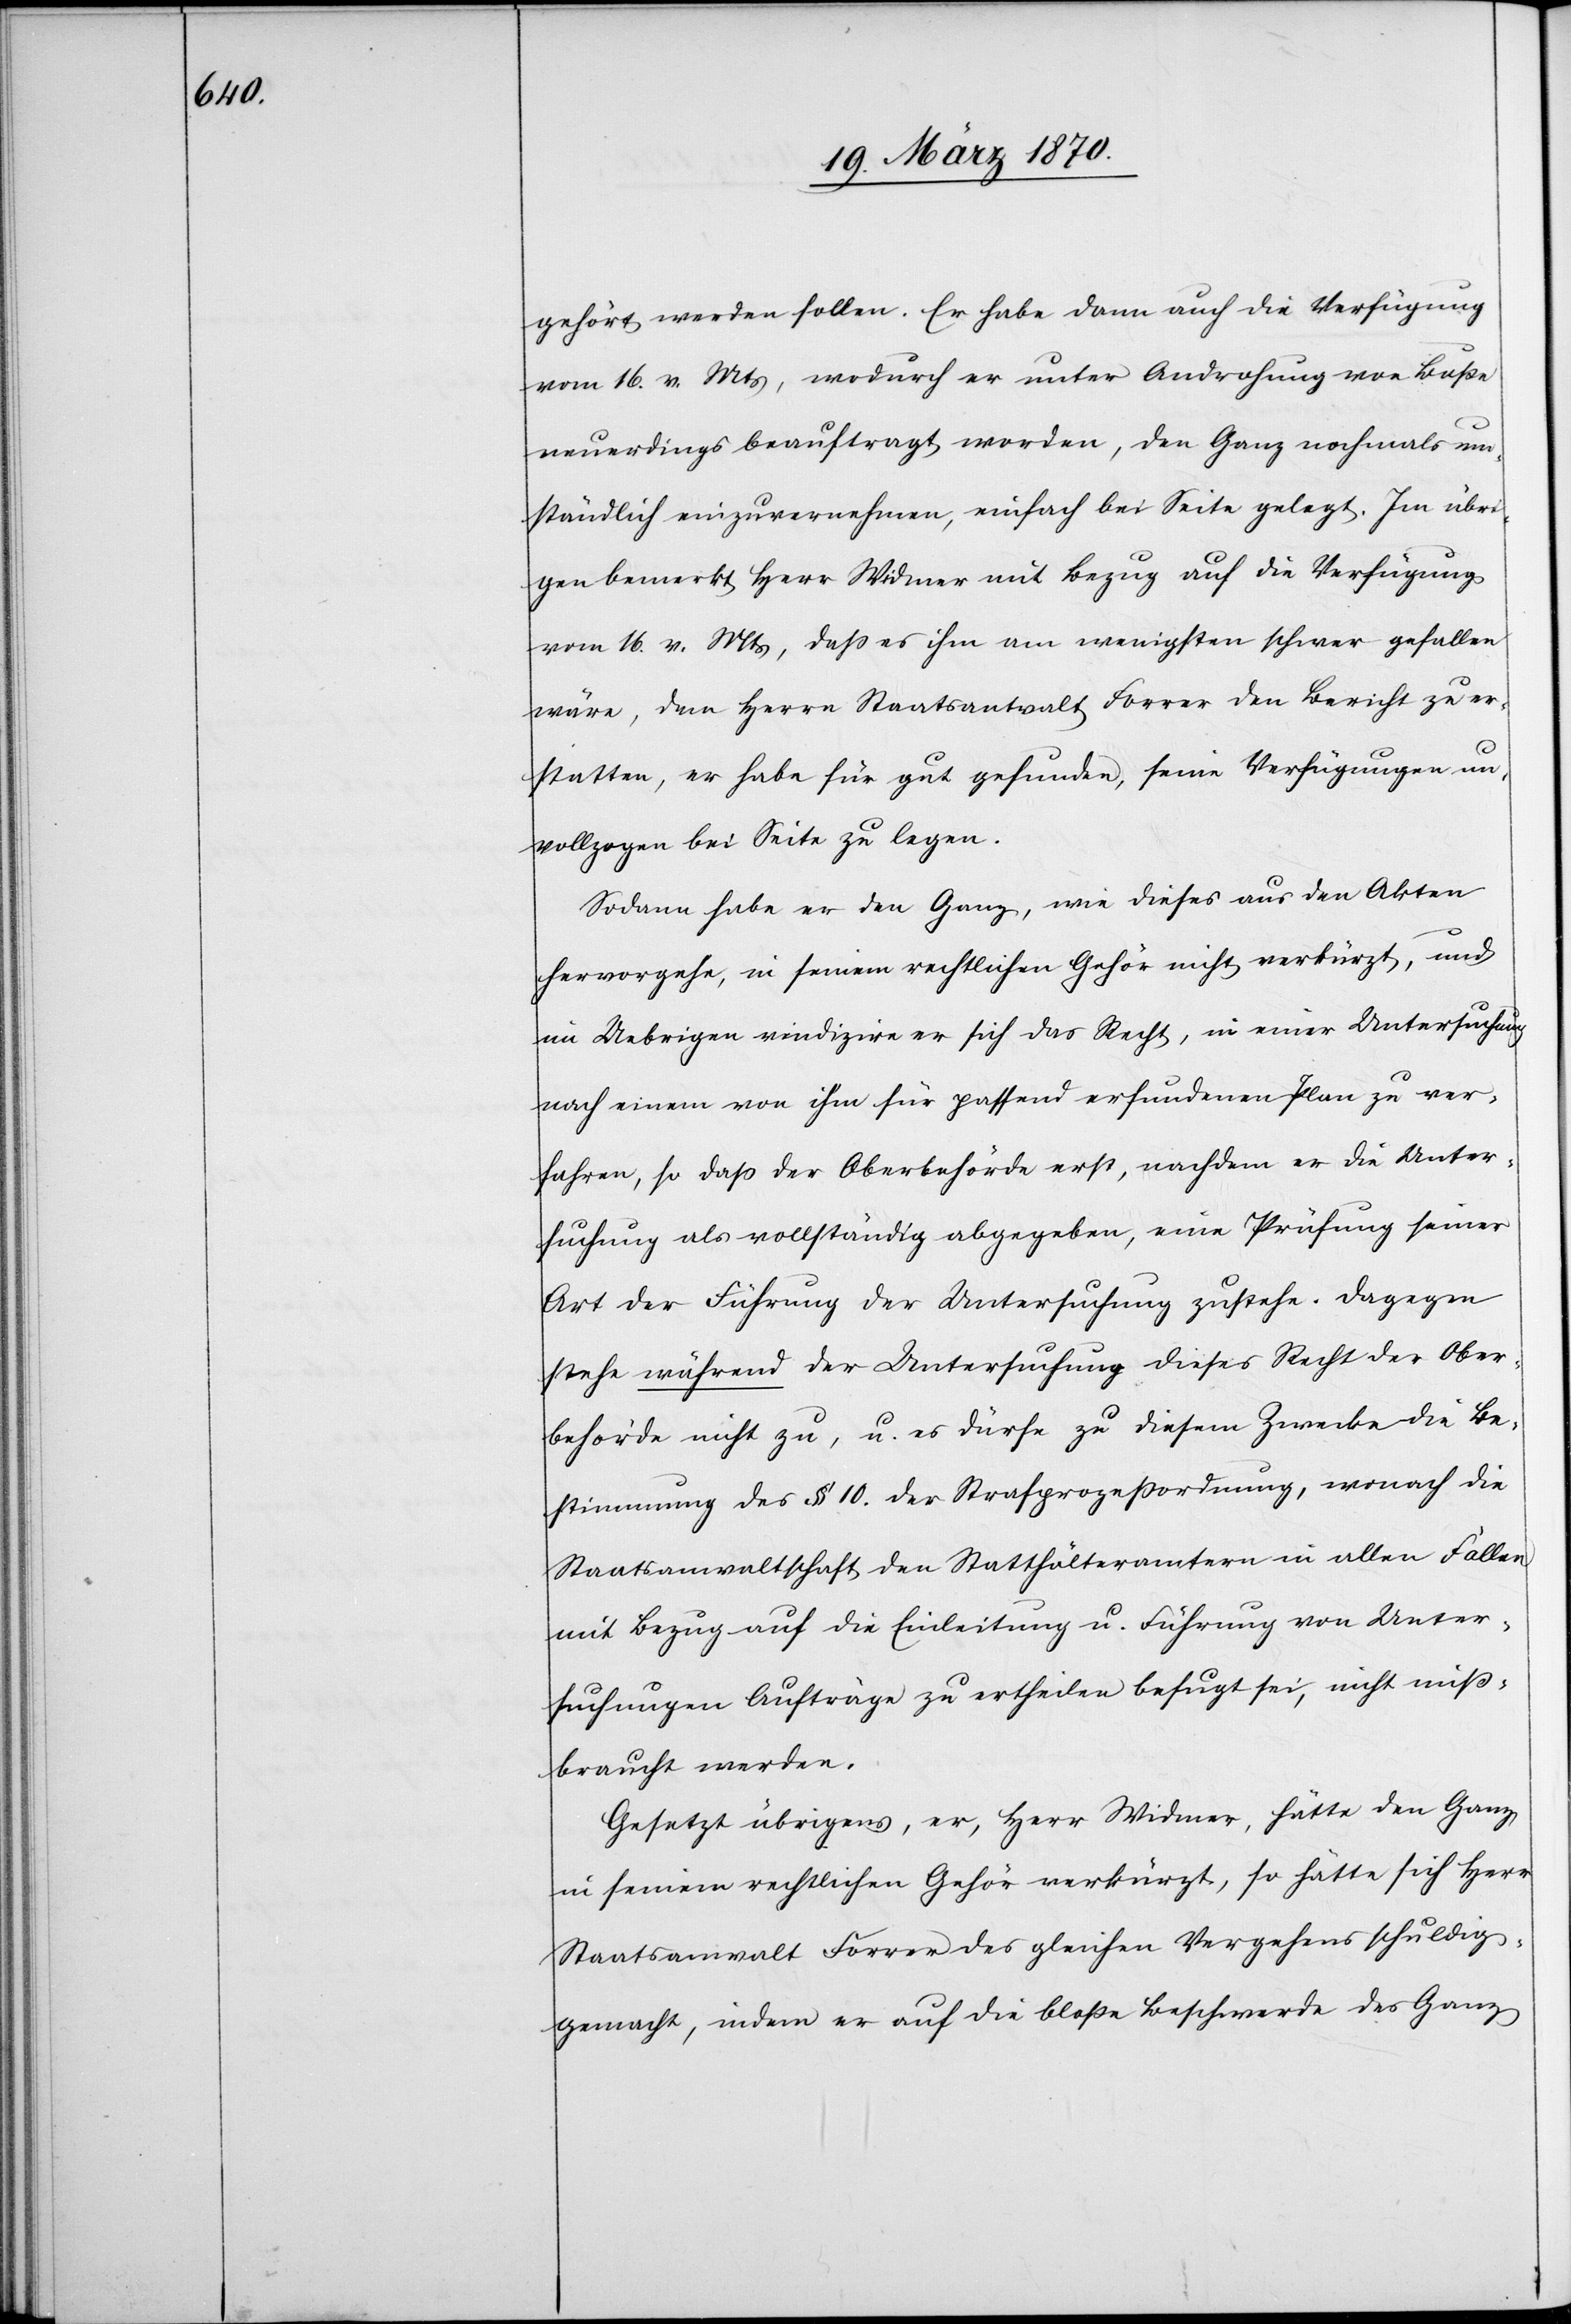
gehört werden sollen. Er habe dann auch die Verfügung
vom 16. v. Mts, wodurch er unter Androhung von Buße
neuerdings beauftragt worden, den Ganz nochmals um¬
ständlich einzuvernehmen, einfach bei Seite gelegt. Im übri¬
gen bemerkt Herr Widmer mit Bezug auf die Verfügung
vom 16. v. Mts, daß es ihm am wenigsten schwer gefallen
wäre, dem Herrn Staatsanwalt Forrer den Bericht zu er¬
statten, er habe für gut gefunden, seine Verfügungen un¬
vollzogen bei Seite zu legen.
Sodann habe er den Ganz, wie dieses aus den Akten
hervorgehe, in seinem rechtlichen Gehör nicht verkürzt, und
im Uebrigen vindizire er sich das Recht, in einer Untersuchung
nach einem von ihm für passend erfundenen Plan zu ver¬
fahren, so daß der Oberbehörde erst, nachdem er die Unter¬
suchung als vollständig abgegeben, eine Prüfung seiner
Art der Führung der Untersuchung zustehe. Dagegen
stehe während der Untersuchung dieses Recht der Ober¬
behörde nicht zu, u. es dürfe zu diesem Zwecke die Be¬
stimmung des § 10. der Strafprozeßordnung, wonach die
Staatsanwaltschaft den Statthälteramtern [sic!] in allen Fällen
mit Bezug auf die Einleitung u. Führung von Unter¬
suchungen Aufträge zu ertheilen befugt sei, nicht miß¬
braucht werden.
Gesetzt übrigens, er, Herr Widmer, hätte den Ganz
in seinem rechtlichen Gehör verkürzt, so hätte sich Herr
Staatsanwalt Forrer des gleichen Vergehens schuldig¬
gemacht, indem er auf die bloße Beschwerde des Ganz